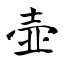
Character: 壶